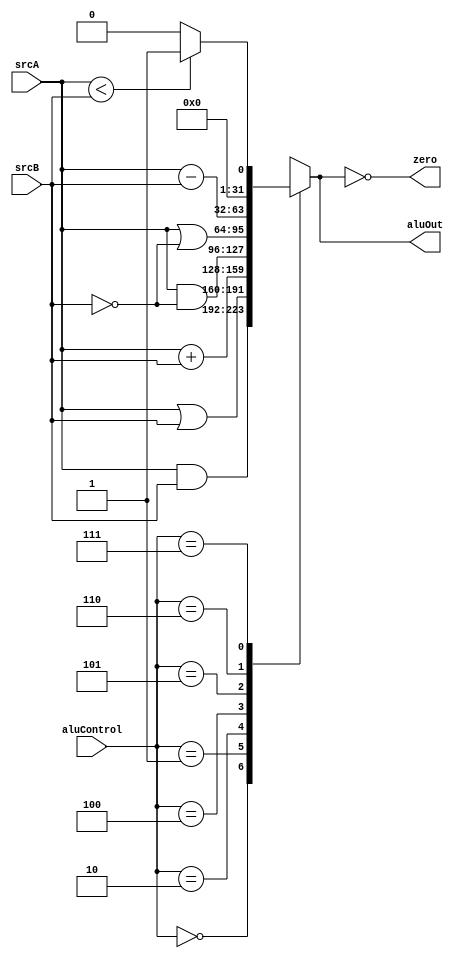
`timescale 1ns / 1ps

module alu(
input [31:0] srcA,
input [31:0] srcB,
input [2:0] aluControl,
output reg [31:0] aluOut,
output zero
    );
    always @(*) begin
        
    case (aluControl)
        3'b000: aluOut = srcA & srcB;
        3'b001: aluOut = srcA | srcB;
        3'b010: aluOut = srcA + srcB;
        3'b011: aluOut = 32'bx;
        3'b100: aluOut = srcA & ~srcB;
        3'b101: aluOut = srcA | ~srcB;
        3'b110: aluOut = srcA - srcB;
        3'b111: aluOut = (srcA < srcB)? 32'b1 : 32'b0;
    endcase
       
    end
    assign zero = (aluOut == 32'b0);
endmodule